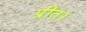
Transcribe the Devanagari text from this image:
प्रीत।